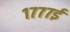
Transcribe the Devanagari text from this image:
१७७७ई